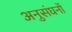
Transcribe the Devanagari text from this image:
अनुसंघनों